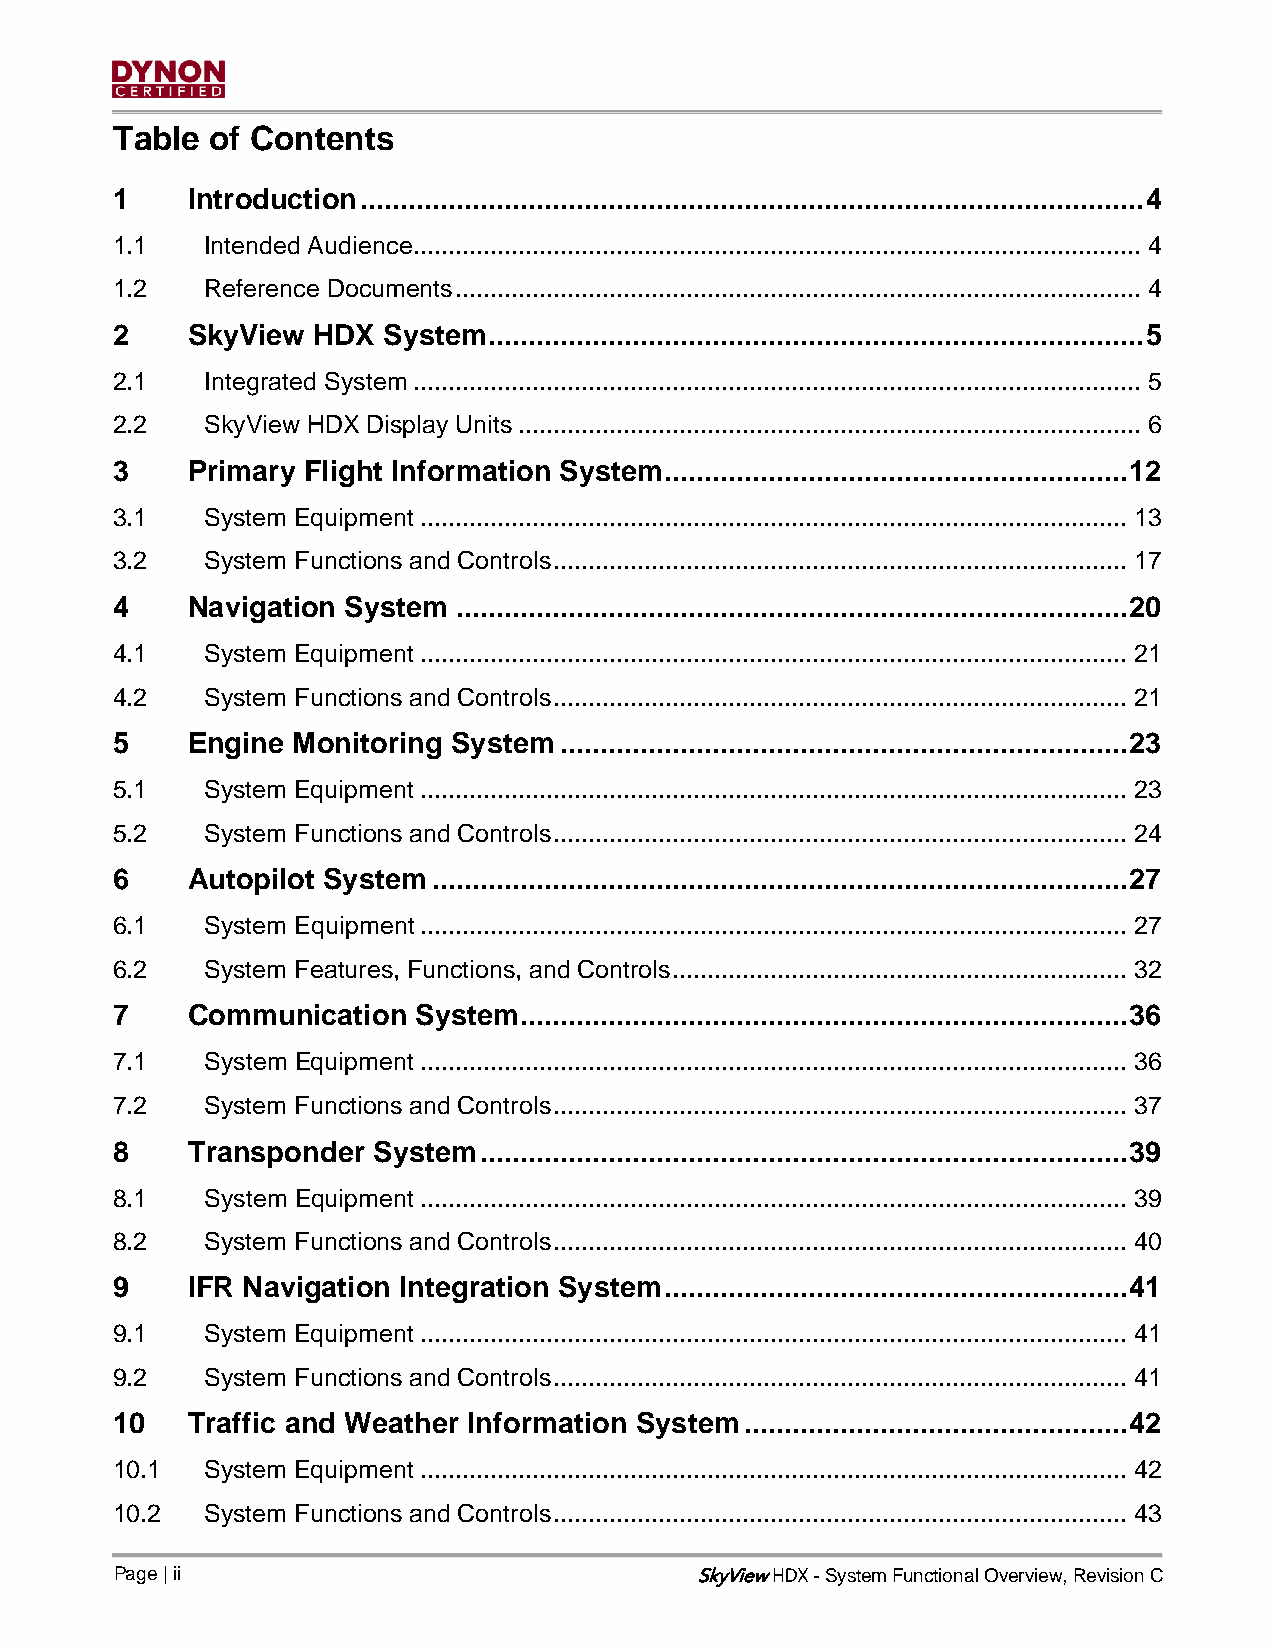
Table  of Contents
 1    Introduction .................................................................................................. 4
 1.1    Intended Audience ........................................................................................................ 4
 1.2    Reference Documents .................................................................................................. 4
 2    SkyView  HDX System .................................................................................. 5
 2.1    Integrated System ........................................................................................................ 5
 2.2    SkyView HDX Display Units ......................................................................................... 6
 3    Primary Flight Information System.......................................................... 12
 3.1    System Equipment ..................................................................................................... 13
 3.2    System Functions and Controls .................................................................................. 17
 4    Navigation System .................................................................................... 20
 4.1    System Equipment ..................................................................................................... 21
 4.2    System Functions and Controls .................................................................................. 21
 5    Engine Monitoring System ....................................................................... 23
 5.1    System Equipment ..................................................................................................... 23
 5.2    System Functions and Controls .................................................................................. 24
 6    Autopilot System ....................................................................................... 27
 6.1    System Equipment ..................................................................................................... 27
 6.2    System Features, Functions, and Controls ................................................................. 32
 7    Communication   System ............................................................................ 36
 7.1    System Equipment ..................................................................................................... 36
 7.2    System Functions and Controls .................................................................................. 37
 8    Transponder  System ................................................................................. 39
 8.1    System Equipment ..................................................................................................... 39
 8.2    System Functions and Controls .................................................................................. 40
 9    IFR Navigation Integration System .......................................................... 41
 9.1    System Equipment ..................................................................................................... 41
 9.2    System Functions and Controls .................................................................................. 41
 10   Traffic and Weather Information System ................................................ 42
 10.1   System Equipment ..................................................................................................... 42
 10.2   System Functions and Controls .................................................................................. 43
 Page | ii                             SkyView - System Functional Overview, Revision C